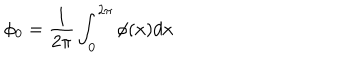
LaTeX: \phi _ { 0 } = \frac 1 { 2 \pi } \int _ { 0 } ^ { 2 \pi } \phi ( x ) d x